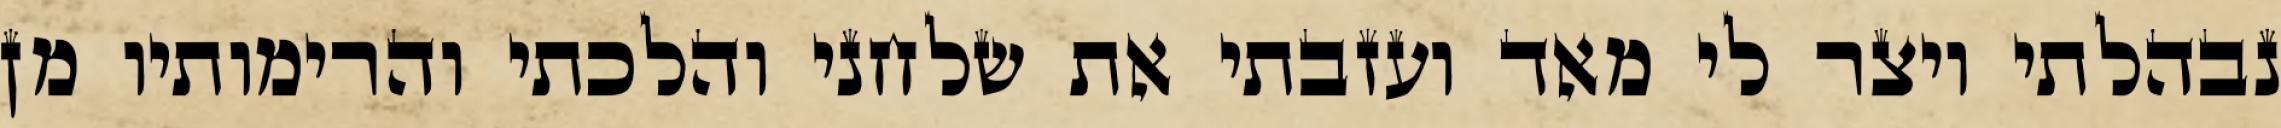
נבהלתי ויצר לי מאד ועזבתי את שלחני והלכתי והרימותיו מן